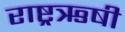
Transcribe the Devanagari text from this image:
राष्ट्रऋषी